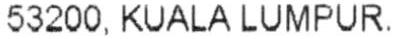
53200, KUALA LUMPUR